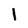
Character: l